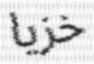
خزيا